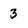
Character: 3